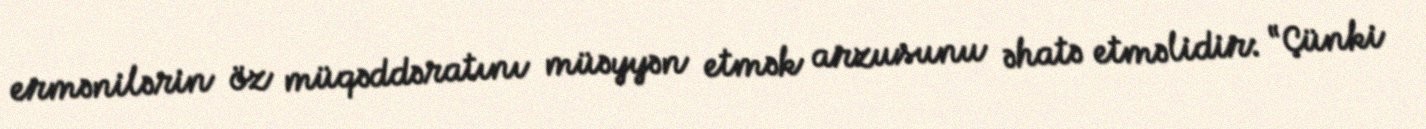
ermənilərin öz müqəddəratını müəyyən etmək arzusunu əhatə etməlidir: “Çünki